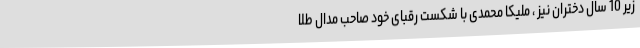
زیر 10 سال دختران نیز ، ملیکا محمدی با شکست رقبای خود صاحب مدال طلا